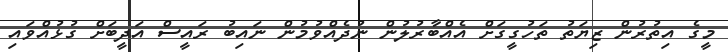
މީގެ އިތުރުން ޒިޔަތު ތަހުގީގަށް އެއްބާރުލުން ނުދެއްވުމުން ނައިބު ރައީސް އަދީބަށް ގުޅުއްވައި